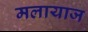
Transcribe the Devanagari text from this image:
मलायाज